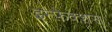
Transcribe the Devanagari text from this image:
इन्फ़ेक्शस